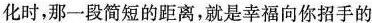
化时，那一段简短的距离，就是幸福向你招手的